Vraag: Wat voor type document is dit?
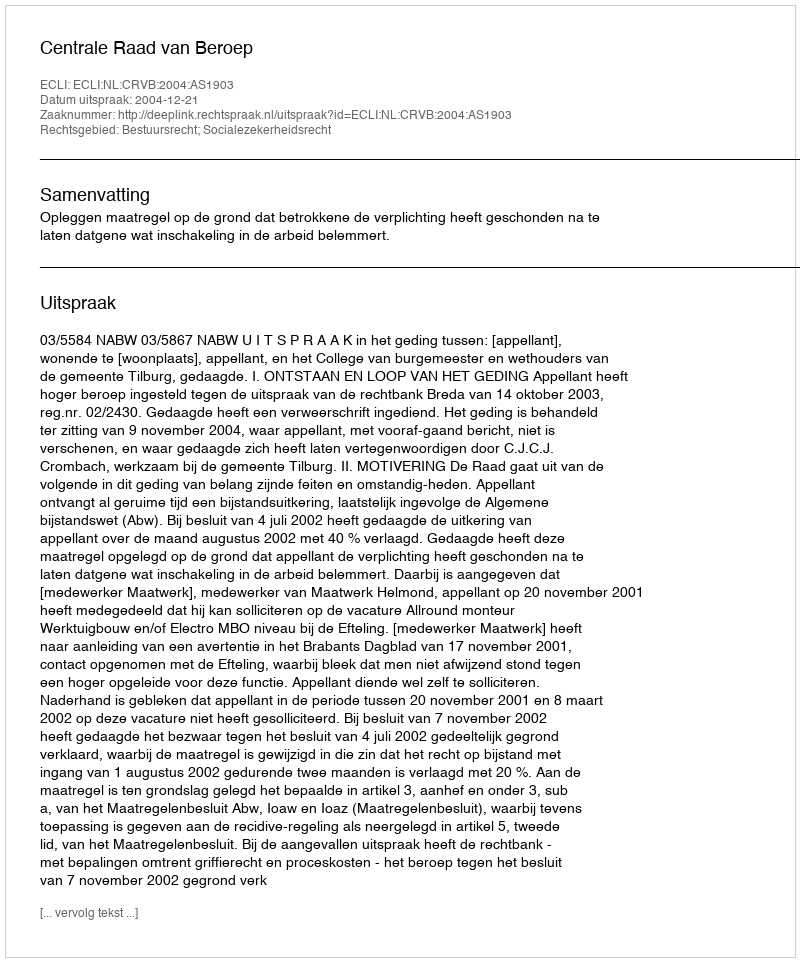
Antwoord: Uitspraak